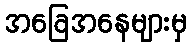
အခြေအနေများမှ